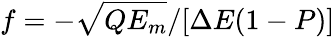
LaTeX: f=-\sqrt{QE_{m}}/[\Delta E(1-P)]